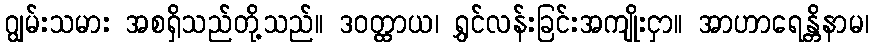
ဂျွမ်းသမား အစရှိသည်တို့သည်။ ဒဝတ္ထာယ၊ ရွှင်လန်းခြင်းအကျိုးငှာ။ အာဟာရေန္တိနာမ၊